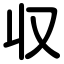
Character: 収